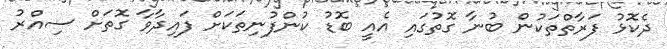
ދެކޮޅު ފަރާތްތަކުން ބުނާ ގޮތުގައި އެއީ ބޮޑު ކުންފުނިތަކަށް ފައިދާވާ ގޮތަށް ސިއްރު